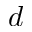
d